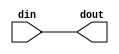

`timescale 1ns/1ps

module yolo_rst_if
#(parameter
    RESET_ACTIVE_LOW = 0
)(
    input  wire din,
    output wire dout
);

assign dout = (RESET_ACTIVE_LOW == 1) ? ~din : din;

endmodule  // filter_rst_if